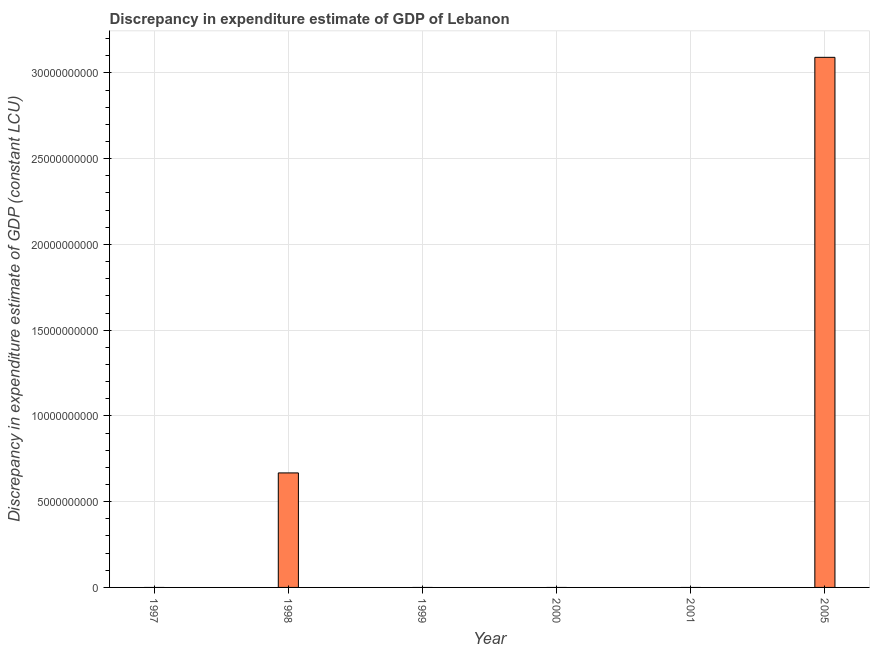
| Year | Discrepancy constant LCU |
 | --- | --- |
 | 1997 | -1e+09 |
 | 1998 | 6.68e+09 |
 | 1999 | -2.19e+10 |
 | 2000 | -1.38e+11 |
 | 2001 | -3.11e+09 |
 | 2005 | 3.09e+10 |